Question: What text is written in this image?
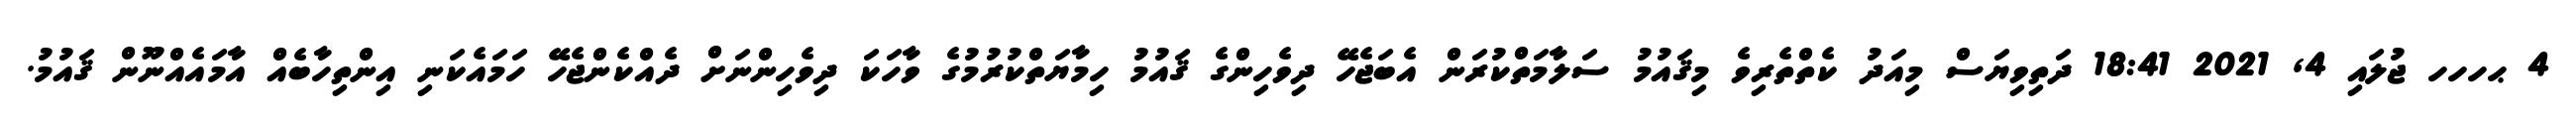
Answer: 4 ޙހހހ ޖުލައި 4, 2021 18:41 ދަތިވިޔަސް މިއަދު ކެތްތެރިވެ މިޤައުމު ސަލާމަތްކުރަން އެބަޖެހޭ ދިވެހިންގެ ޤައުމު ހިމާޔަތްކުރުމުގެ ވާހަކަ ދިވެހިންނަށް ދެއްކެންޖެހޭ ހަމައެކަނި އިންތިހާބެއް އާމައެއްނޫން ޤައުމު.